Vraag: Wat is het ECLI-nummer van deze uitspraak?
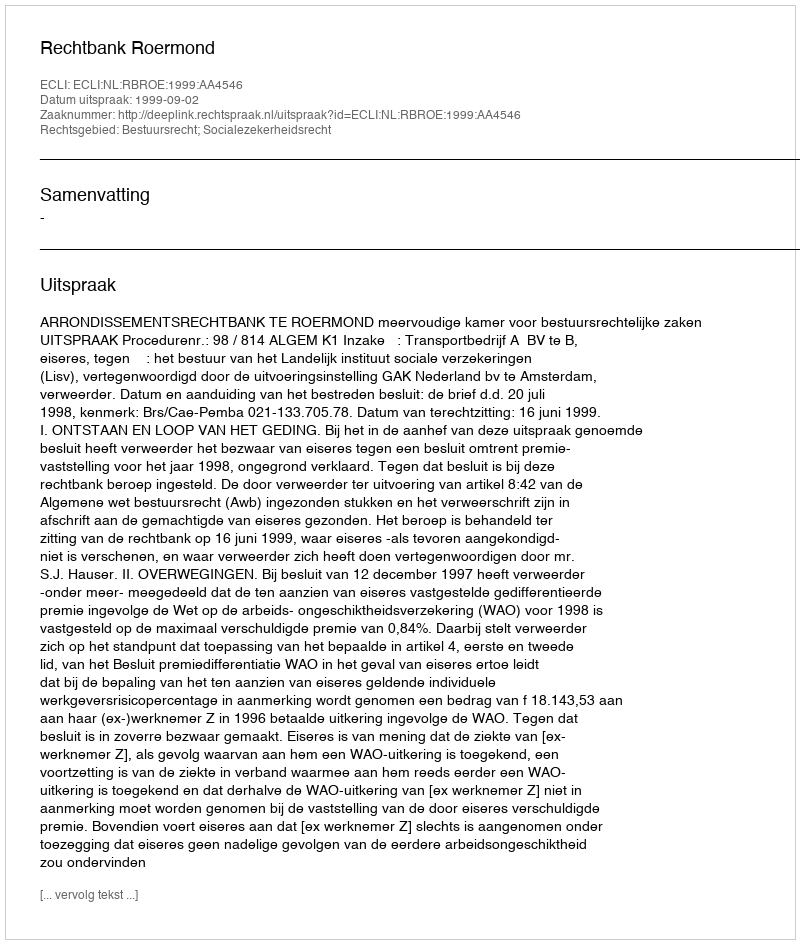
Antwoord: ECLI:NL:RBROE:1999:AA4546